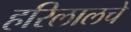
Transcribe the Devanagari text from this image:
हरिलालचे